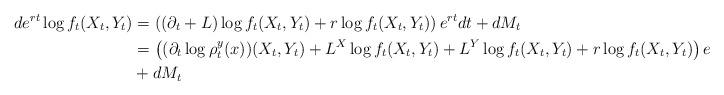
LaTeX: \begin{align*} de^{rt} \log f_t(X_t, Y_t) &= \left( (\partial_t + L) \log f_t(X_t, Y_t) + r \log f_t(X_t, Y_t) \right) e^{rt} dt + dM_t \\ &= \left( (\partial_t \log \rho^y_t(x))(X_t, Y_t) + L^X \log f_t(X_t, Y_t) + L^Y \log f_t(X_t, Y_t) + r \log f_t(X_t, Y_t) \right) e^{rt} dt \\ & + dM_t\end{align*}